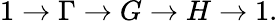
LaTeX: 1\to\Gamma\to G\to H\to 1.